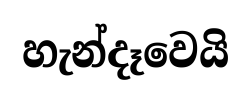
හැන්දෑවෙයි